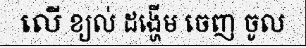
លើ ខ្យល់ ដង្ហើម ចេញ ចូល